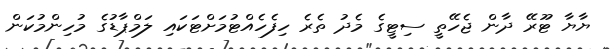
ޔާޔާ ޓޫރޭ ދާން ޖެހޭތީ ސިޓީގެ މެދު ތެރެ ހިފެހެއްޓުމަށްޓަކައި ލަމްޕާޑުގެ މުހިންމުކަން